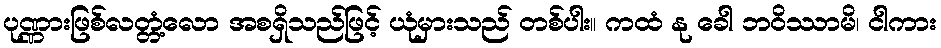
ပုဏ္ဏားဖြစ်လတ္တံ့လော အစရှိသည်ဖြင့် ယုံမှားသည် တစ်ပါး။ ကထံ နု ခေါ ဘဝိဿာမိ၊ ငါကား